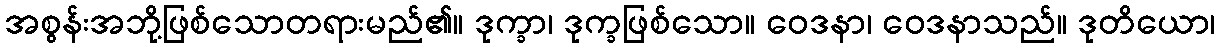
အစွန်းအဘို့ဖြစ်သောတရားမည်၏။ ဒုက္ခာ၊ ဒုက္ခဖြစ်သော။ ဝေဒနာ၊ ဝေဒနာသည်။ ဒုတိယော၊